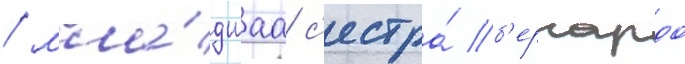
/ мла́дшаа с'естра́ б'ернардо